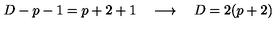
D - p - 1 = p + 2 + 1 \quad \longrightarrow \quad D = 2 ( p + 2 )